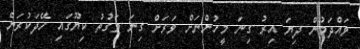
ވައްދަމުން ދިޔަ އިރު ގިނަ މީހުންނަށް ވަރަށް ގިނަ ވަގުތު ކިޔޫގައި ހޭދަކުރަން